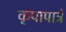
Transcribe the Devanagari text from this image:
कृपापात्रे